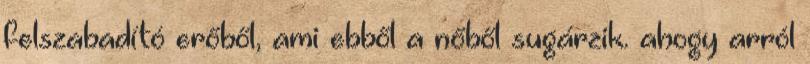
felszabadító erőből, ami ebből a nőből sugárzik. ahogy arról